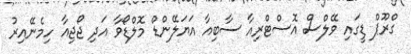
ގްރޫޕް ޑީގައި ވޭލްސް އޮސްޓްރިއާ ސާބިއާ އަޔަލޭންޑް މޮލްޑޯވާ އަދި ޖޯޖިއާ ހިމެނޭއިރު